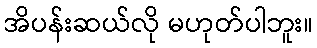
အိပန်းဆယ်လို မဟုတ်ပါဘူး။